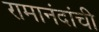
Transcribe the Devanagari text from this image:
रामानंदांची